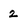
Character: 2